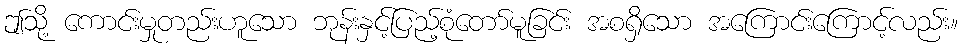
ဤသို့ ကောင်းမှုတည်းဟူသော ဘုန်းနှင့်ပြည့်စုံတော်မူခြင်း အစရှိသော အကြောင်းကြောင့်လည်း။